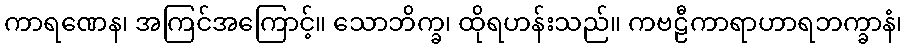
ကာရဏေန၊ အကြင်အကြောင့်။ သောဘိက္ခ၊ ထိုရဟန်းသည်။ ကဗဠီကာရာဟာရဘက္ခာနံ၊